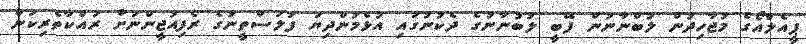
ޕީއެލްއޯގެ މުޖާހިދުން ލުބްނާނުން ފޭބީ ލުބުނާނުގެ ދެކުނުގައި އުޅެމުންދިޔަ ފަލަސްތީނުގެ ރެފިއުޖީންނަށް ރައްކާތެރިކަން